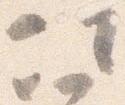
次